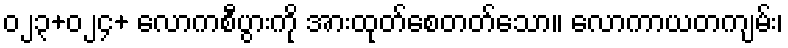
၀၂၃+၀၂၄+ လောကစီပွားကို အားထုတ်စေတတ်သော။ လောကာယတကျမ်း၊